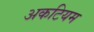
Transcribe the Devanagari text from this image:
अकटियम